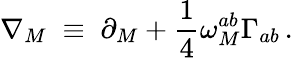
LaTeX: \nabla_{M}\; \equiv\; \partial_{M}+\frac{1}{4}\omega_{M}^{ab}\Gamma_{ab}\, .